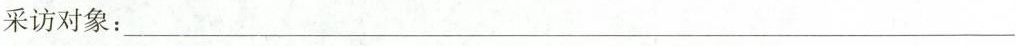
采访对象：___